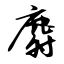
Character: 麝